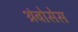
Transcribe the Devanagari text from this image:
थ्रंबोसेस